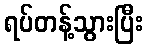
ရပ်တန့်သွားပြီး